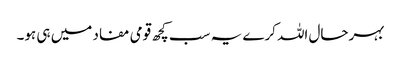
بہرحال اللہ کرے یہ سب کچھ قومی مفاد میں ہی ہو۔